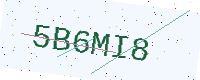
Text: 5B6MI8